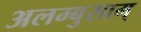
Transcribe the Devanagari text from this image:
अलम्बुसाम्